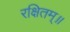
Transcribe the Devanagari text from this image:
रक्षितम्॥